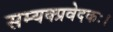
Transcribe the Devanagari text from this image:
सम्यक्प्रवेदकः।